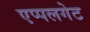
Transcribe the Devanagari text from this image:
एप्पलगेट